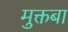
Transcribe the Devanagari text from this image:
मुक्तबा